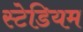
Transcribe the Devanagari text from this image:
स्‍टेडियम